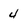
Character: 4